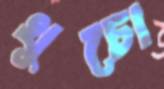
খুচো